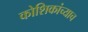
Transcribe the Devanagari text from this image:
कोशिकांच्याच